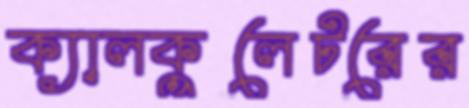
ক্যালকুলেটরের